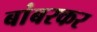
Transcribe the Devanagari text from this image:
बांबरकर